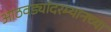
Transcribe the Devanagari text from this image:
आठवड्यांदरम्यानच्या